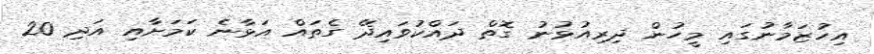
އިހުޒަމާނުގައި މީހުން ދިރިއުޅުނު ގޮތް ދައްކުވައިދޭ ގެތައް އަޅާނެ ކަމަށާއި އަދި 20